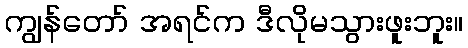
ကျွန်တော် အရင်က ဒီလိုမသွားဖူးဘူး။